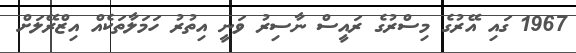
1967 ގައި އޭރުގެ މިސްރުގެ ރައީސް ނާސިރު ވަނީ އިތުރު ހަމަލާތަކެއް އިޒްރޭލަށް